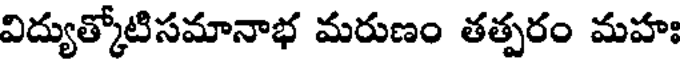
విద్యుత్కోటిసమానాభ మరుణం తత్పరం మహః